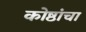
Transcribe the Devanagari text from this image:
कोष्ठांचा